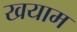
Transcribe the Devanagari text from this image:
खयाम